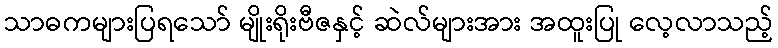
သာဓကများပြရသော် မျိုးရိုးဗီဇနှင့် ဆဲလ်များအား အထူးပြု လေ့လာသည့်